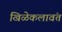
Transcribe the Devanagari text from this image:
खिळेकलावंत